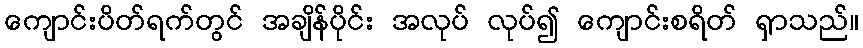
ကျောင်းပိတ်ရက်တွင် အချိန်ပိုင်း အလုပ် လုပ်၍ ကျောင်းစရိတ် ရှာသည်။